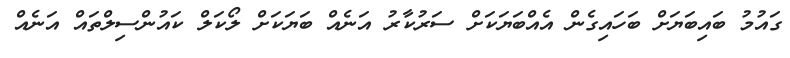
ގައުމު ބައިބަޔަށް ބަހައިގެން އެއްބަޔަކަށް ސަރުކާރު އަނެއް ބަޔަކަށް ލޯކަލް ކައުންސިލްތައް އަނެއް